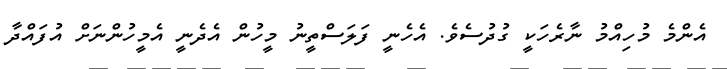
އެންމެ މުހިއްމު ނާރެހަކީ ގުދުސެވެ. އެހެނީ ފަލަސްތީނު މީހުން އެދެނީ އެމީހުންނަށް އުފައްދާ